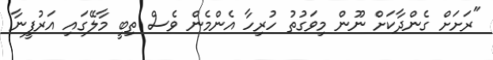
"ރަށަށް ގެންދާކަށް ނޫން މިވަގުތު ހުރިހާ އެންމެން ވެސް ތިބީ މާލޭގައި އަރުފީނާ